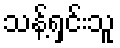
သန့်ရှင်းသူ